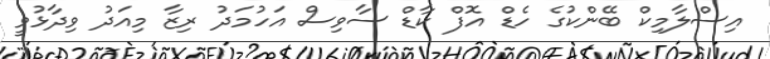
އިސްލާމިކް ބޭންކުގެ ހެޑް އޮފް ކާޑް ސާވިސް އަހުމަދު ރިޒާ މިއަދު ވިދާޅުވީ